Vana-Kasaritsa_(Kasaritsa)_vallavalitsus, lk 32
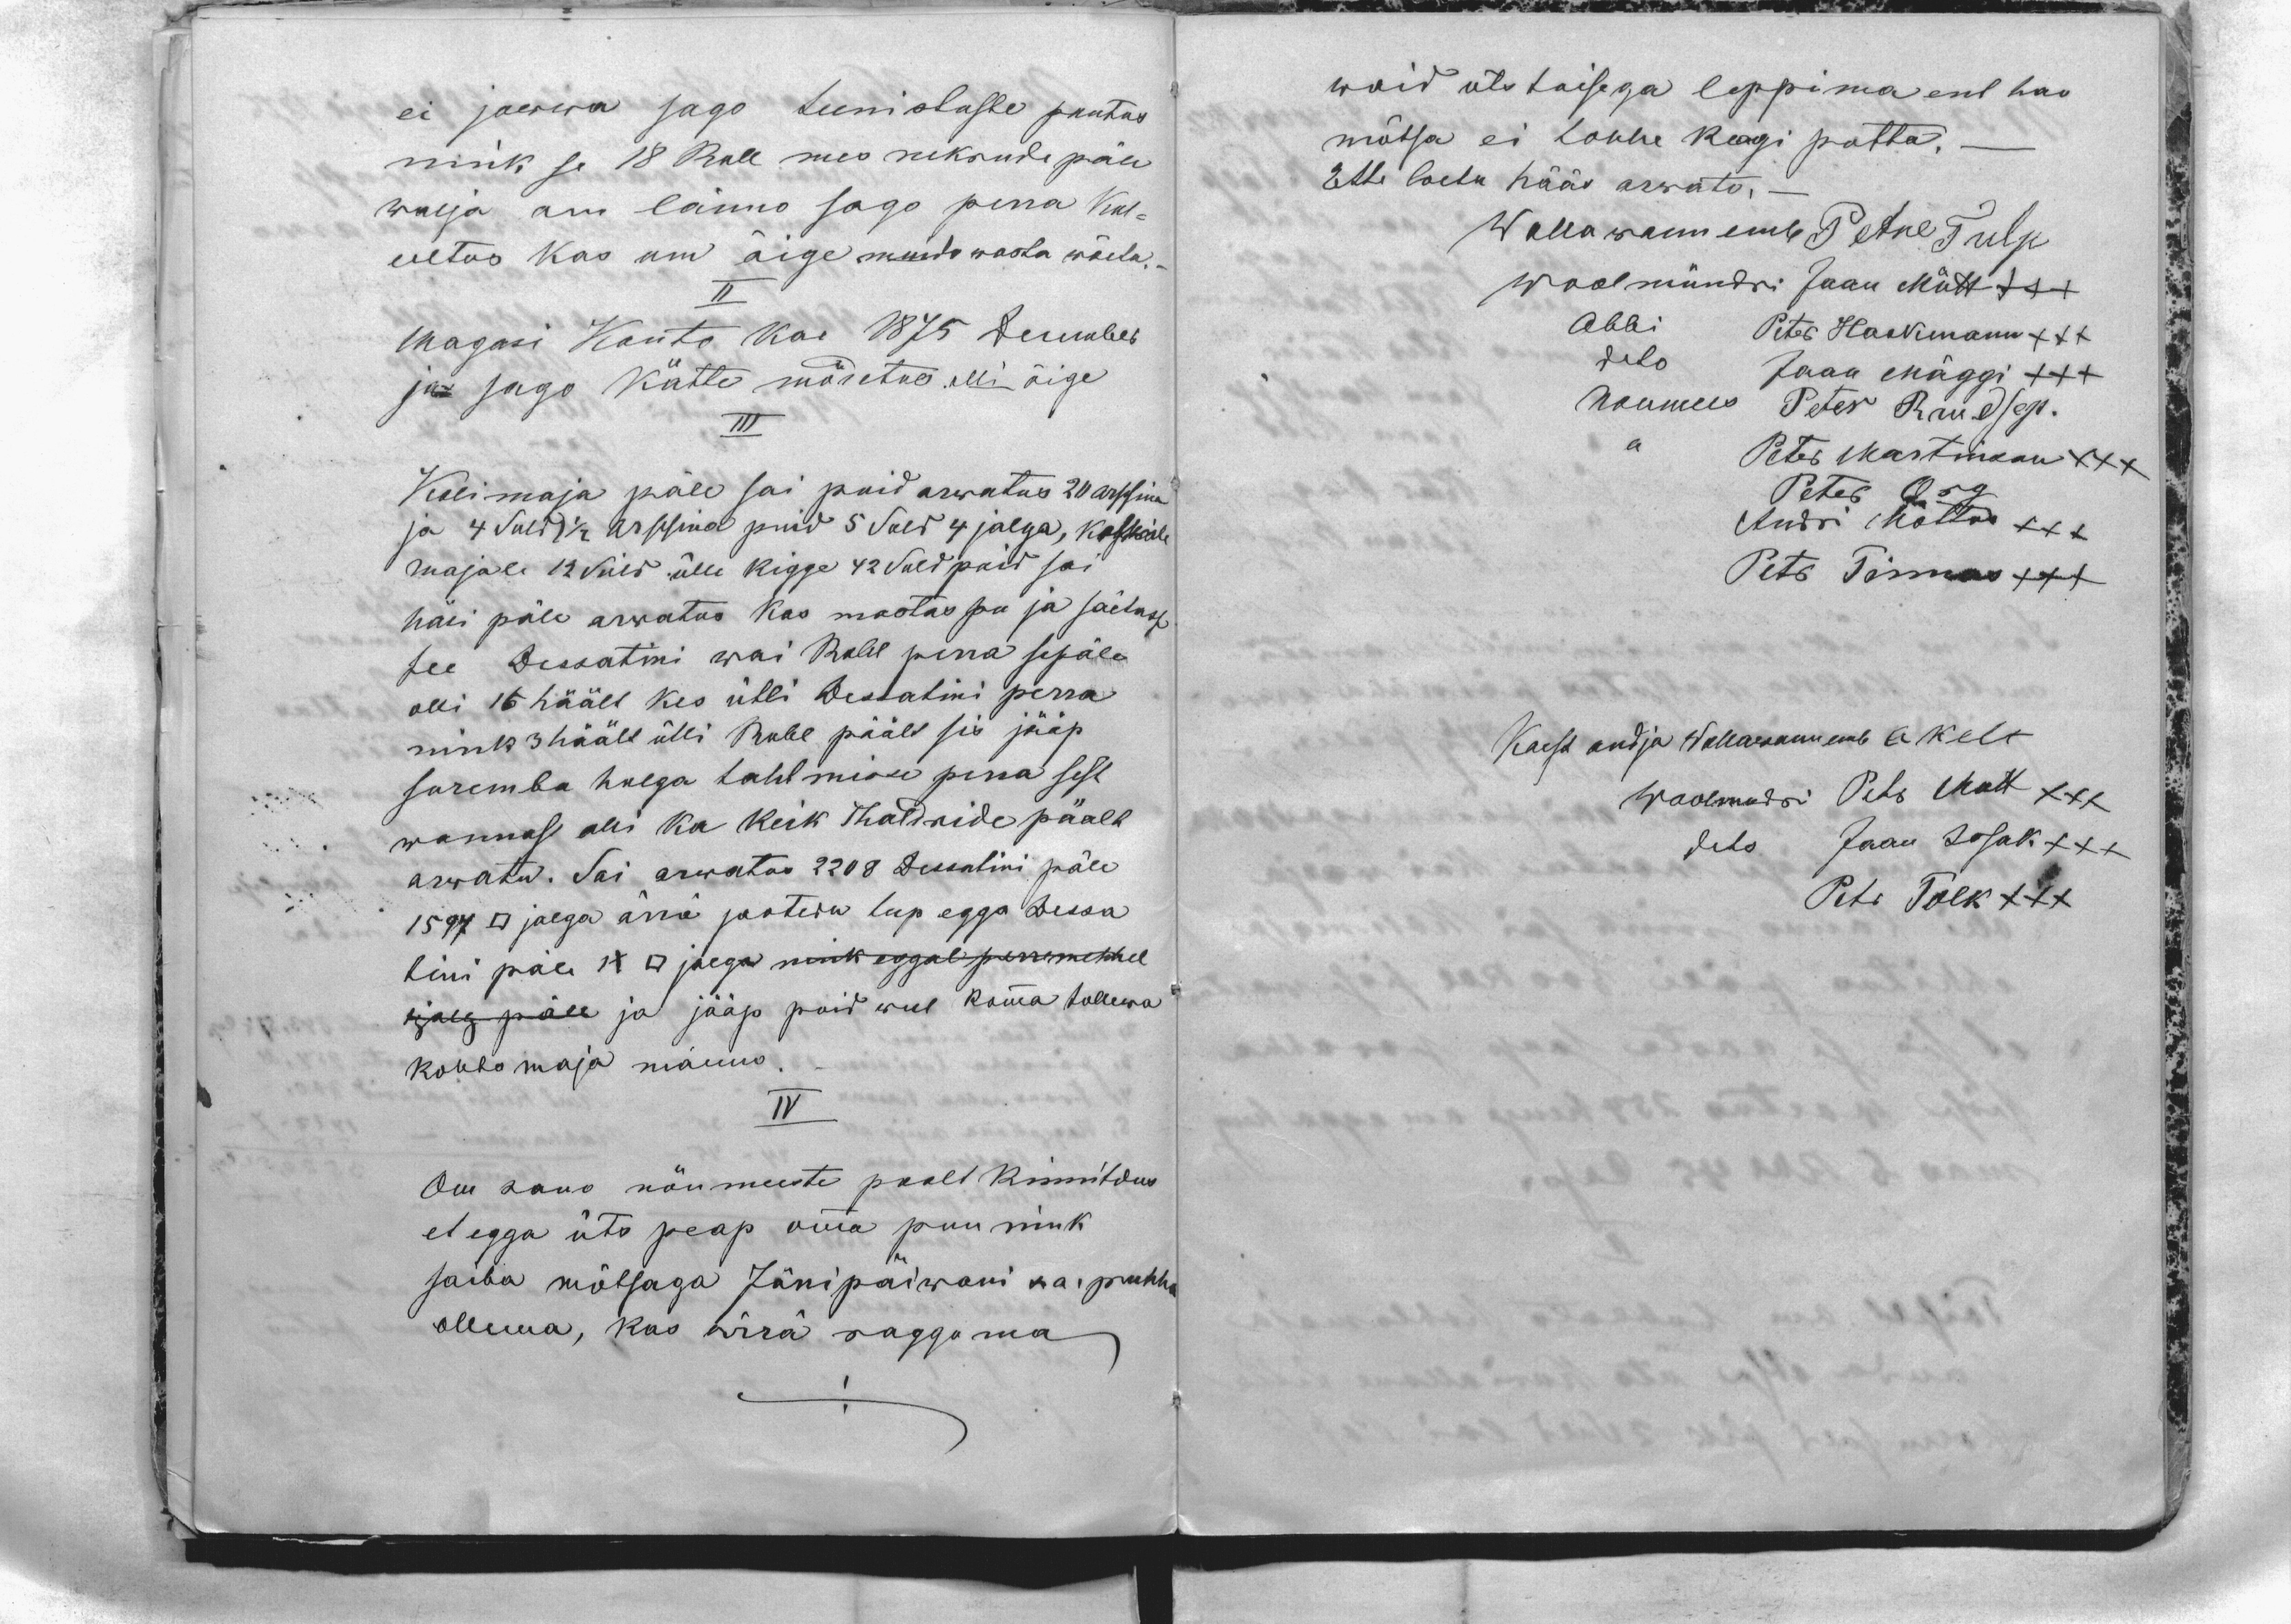
ei jowwa sago teenistuste pantas
nink se 18 Rub mes nekrude päle
walja om länno sago perra kul-
lutus kas om õige muido wasta wõeta.
II
Magasi Konto kae 1875 December
ja sago kätte mõdetus. olli õige
III
Kolimaja päle sai puid arwatus 20 Arssina
ja 4 Suld 2 1/2 Arssina puid 5 Suld 4 jalga, katteile
majale 12 Süld ülle kigge 42 Suld puid sai
häli päle arwatus kas mastas pu ja säetusse
see Dessatini wai Rubl perra sepäle
olli 15 häält kes ütli Dessatini perra
nink 3 häält ütli Rubl päält sis jääp
suremba hulga tahtmisse perra sest
wannast olli ka keik Thaldride päält
arwatu. Sai arwatas 2208 Dessatini päle
1597 □ jalga ärrä jaotedu teep egga Dessa
tini päle 1x □ jalga nink eggal perremehhel
1 jalg päle ja jääp puid weel komma tullewa
kohto maja manno.
IV
Om sano nõumeeste poolt kinnitdus
et egga üts peap omma puu nink
saiba mõtsaga Jänipäiwani s a puhha
ollema, kas ärrä raggama

waid üts taisega leppima ent hao
mõtsa ei tohhe keagi putta. -
Ette loetu hääs arwato,-
Wallawannemb Petre Tulp
woolmündri Jaan Mütt XXX
Abbi Peter Hackmann XXX
dito Jaan Mäggi XXX
Noumees Peter Raudsep.
,, Peter Martinson XXX
Peter Org
Andri Mõttus XXX
Petr Tinnos XXX
Kaest andja Wallawannemb E. Kelt
Woolmudri Petr Mutt XXX
dito Jaan Issak XXX
Petr Tolk XXX